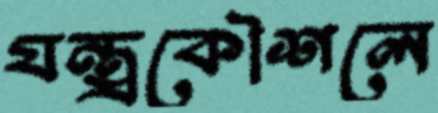
যন্ত্রকৌশলে